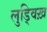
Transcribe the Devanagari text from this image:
लुड्विख़